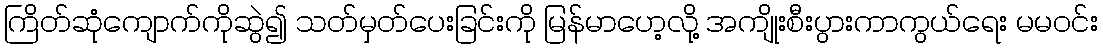
ကြိတ်ဆုံကျောက်ကိုဆွဲ၍ သတ်မှတ်ပေးခြင်းကို မြန်မာဟေ့လို့ အကျိုးစီးပွားကာကွယ်ရေး မမဝင်း